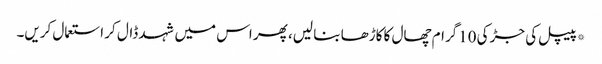
*پیپل کی جڑ کی 10گرام چھال کا کاڑھا بنا لیں، پھر اس میں شہد ڈال کر استعمال کریں۔